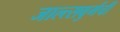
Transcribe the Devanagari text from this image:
जाल्त्सबुर्गची